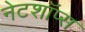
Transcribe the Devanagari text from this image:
नेटशॉप्स